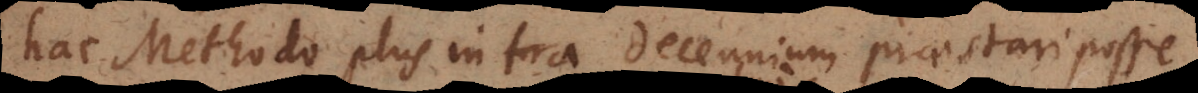
hac Methodo plus intra decennium praestari posse